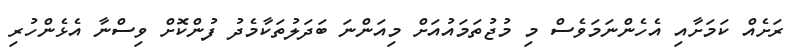
ރަށެއް ކަމަށާއި އެހެންނަމަވެސް މި މުޖުތަމައުއަށް މިއަންނަ ބަދަލުތަކާމެދު ފުންކޮށް ވިސްނާ އެޅެންހުރި